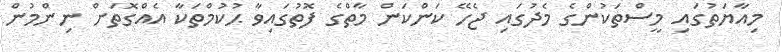
މިއާޔަތުގައި މީސްތަކުންގެ މެދުގައި ޖެހޭ ކަންކަން މާތްގެ ފޮތުގައިވާ ޙުކުމްތަކާ އެއްގޮތަށް ނިންމުން